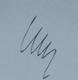
Signature authenticity: genuine